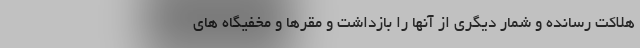
هلاکت رسانده و شمار دیگری از آنها را بازداشت و مقرها و مخفیگاه های